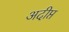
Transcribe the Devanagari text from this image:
अदीप्त